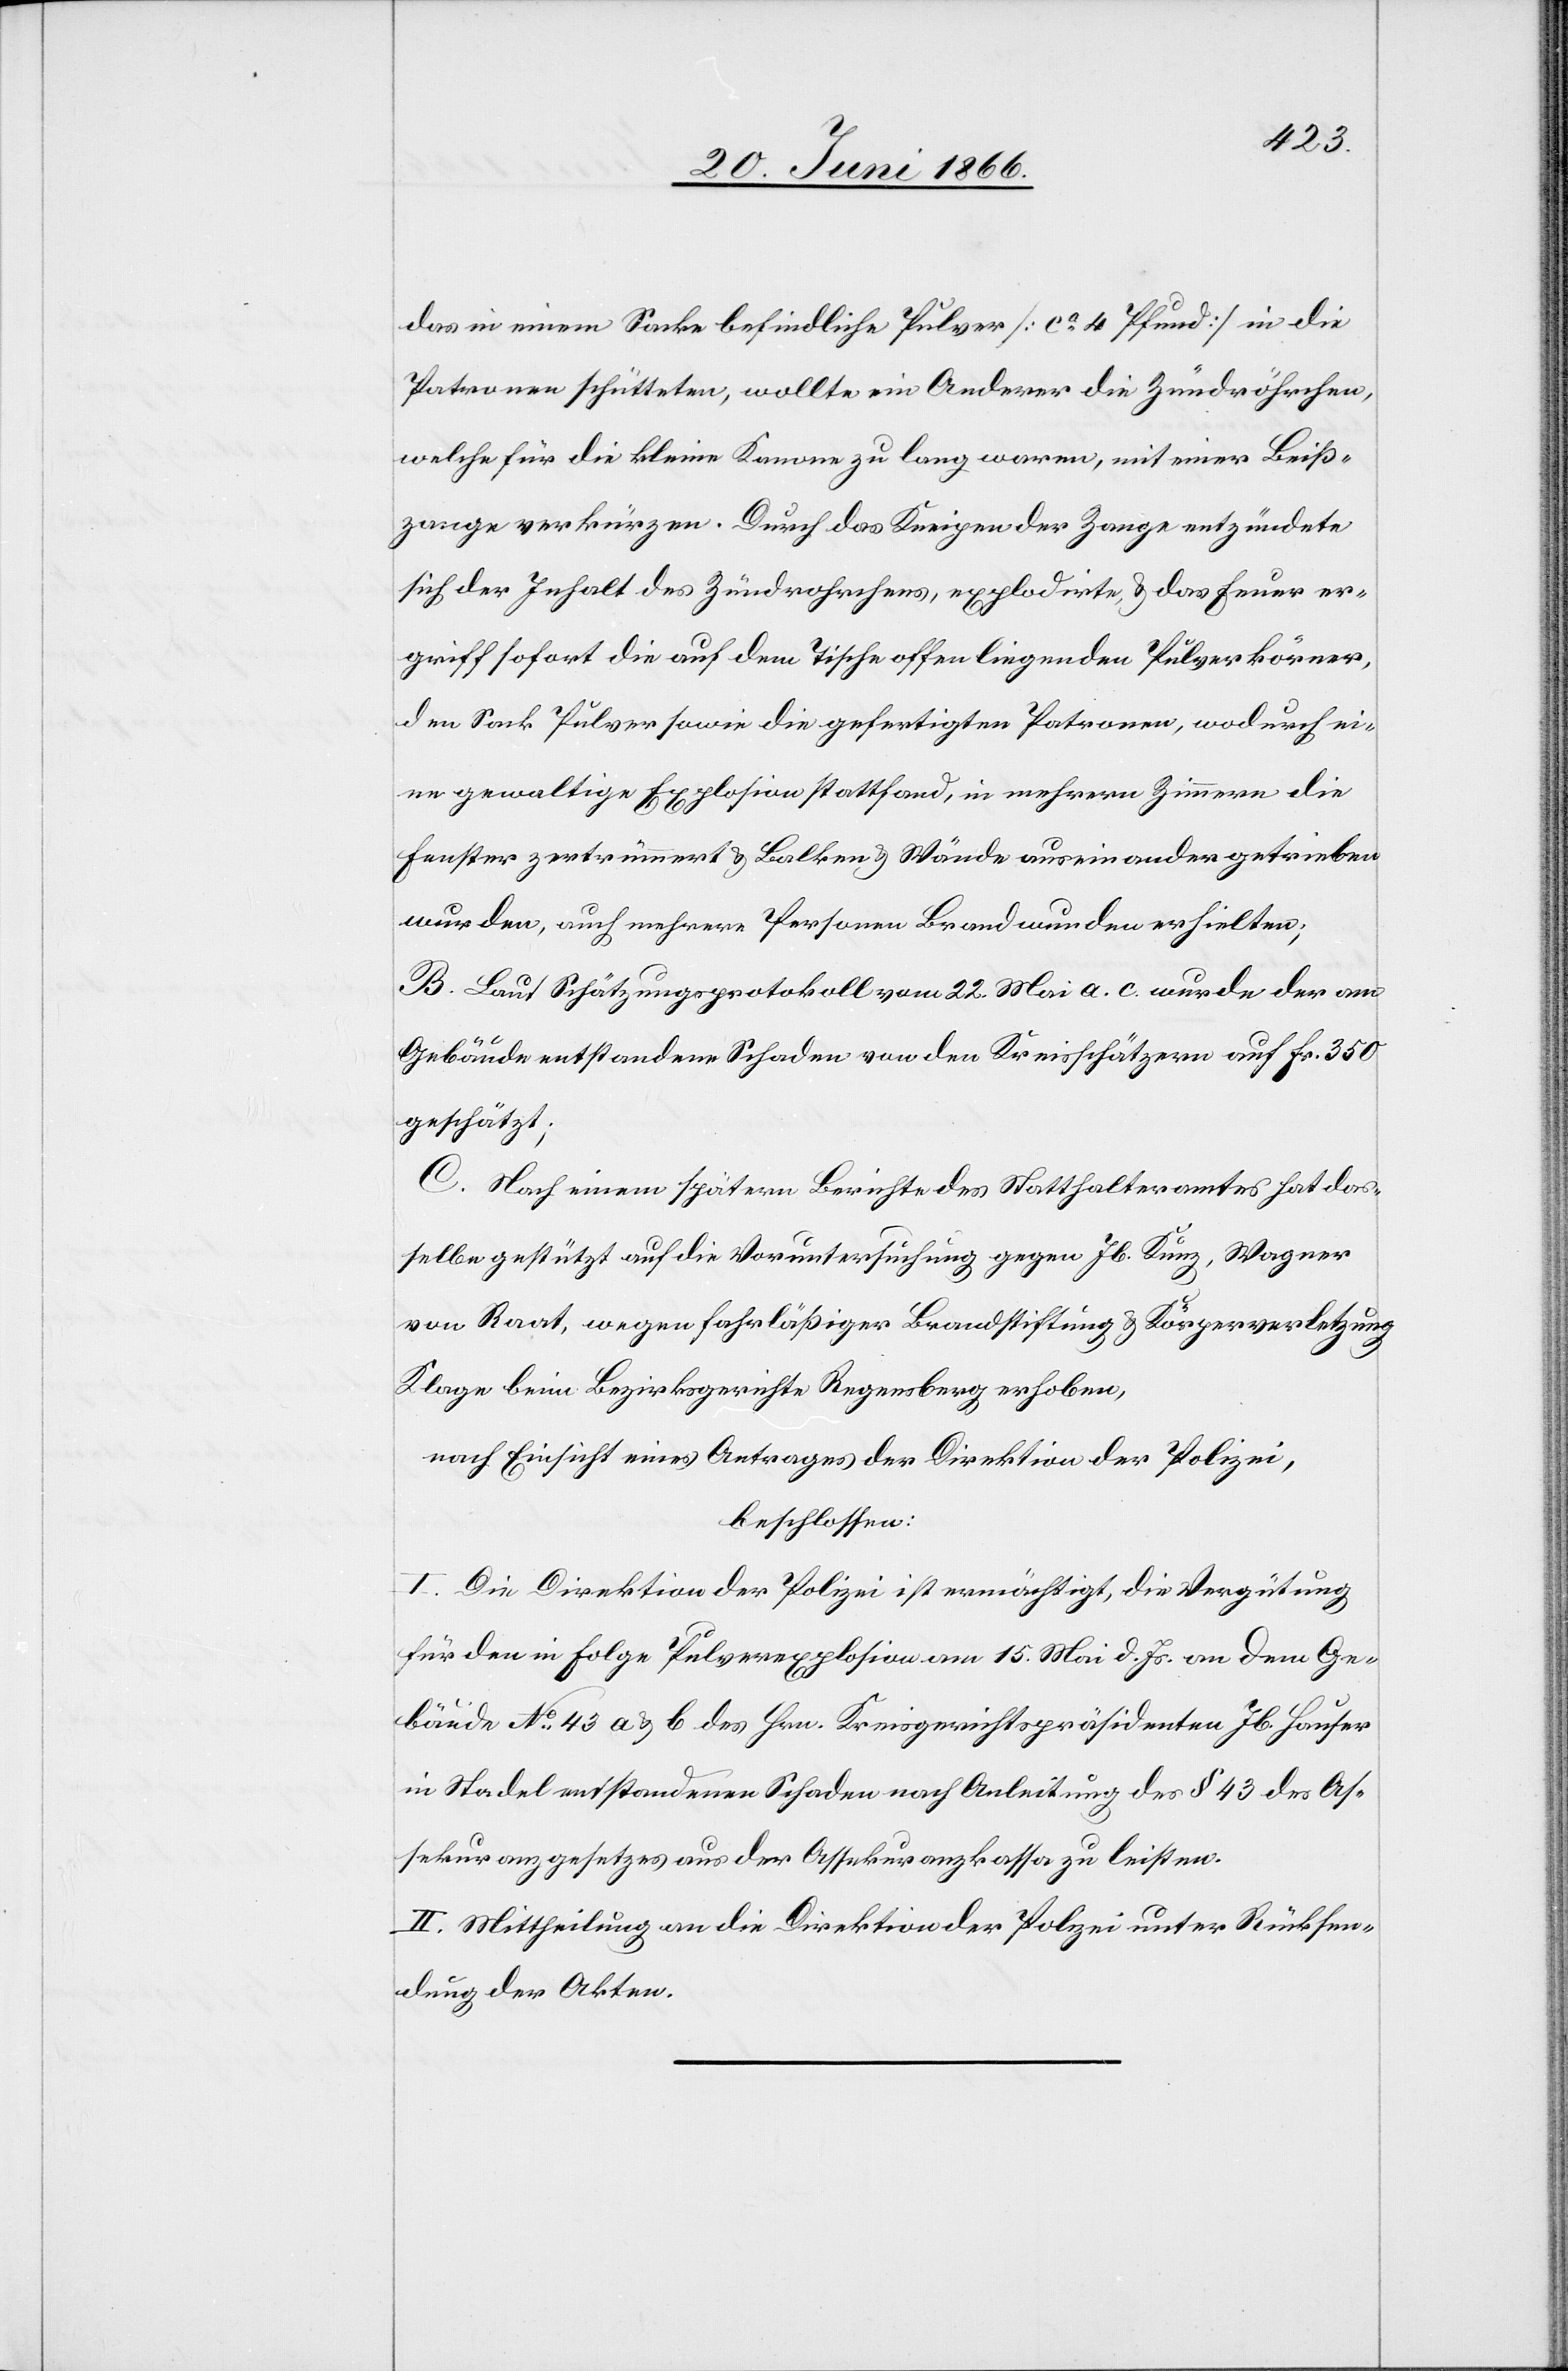
das in einem Sacke befindliche Pulver [ca. 4 Pfund] in die
Patronen schütteten, wollte ein Anderer die Zündröhrchen,
welche für die kleine Kanone zu lang waren, mit einer Beiß¬
zange verkürzen. Durch das Kneipen der Zange entzündete
sich der Inhalt des Zündrohres, explodirte, u. das Feuer er¬
griff sofort die auf dem Tische offen liegenden Pulverkörner,
den Sack Pulver sowie die gefertigten Patronen, wodurch ei¬
ne gewaltige Explosion stattfand, in mehrern Zimmern die
Fenster zertrümmert u. Balken u. Wände auseinandergetrieben
wurden, auch mehrere Personen Brandwunden erhielten.
B. Laut Schätzungsprotokoll vom 22. Mai a. c. wurde der am
Gebäude entstandene Schaden von den Kreisschätzern auf Fr. 350
geschätzt.
C. Nach einem spätern Berichte des Statthalteramtes hat das¬
selbe gestützt auf die Voruntersuchung gegen Jb. Kunz, Wagner
von Raat, wegen fahrläßiger Brandstiftung u. Körperverletzung
Klage beim Bezirksgerichte Regensberg erhoben,
nach Einsicht eines Antrages der Direktion der Polizei,
beschlossen:
I. Die Direktion der Polizei ist ermächtigt, die Vergütung
für den in Folge Pulverexplosion am 15. Mai d. Js. an dem Ge¬
bäude No. 43 a u. b des Hrn. Kreisgerichtspräsidenten Jb. Hauser
in Stadel entstandenen Schaden nach Anleitung des § 43 des As¬
sekuranzgesetzes aus der Assekuranzkasse zu leisten.
II. Mittheilung an die Direktion der Polizei unter Rücksen¬
dung der Akten.